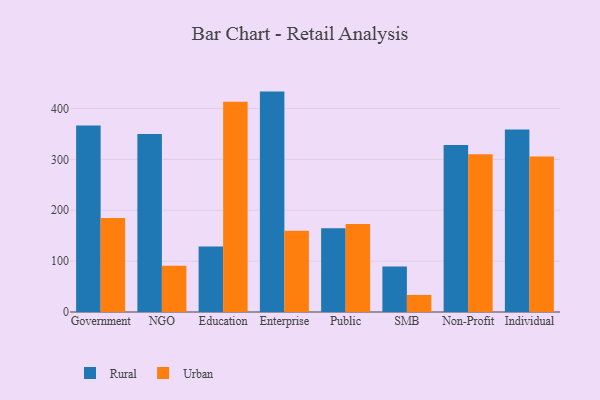
{"axis": {"x": "Segment", "y": "Market Share (%)"}, "legend": ["Rural", "Urban"], "data": [{"x": "Government", "y": 366.7, "type": "Rural"}, {"x": "Government", "y": 185.0, "type": "Urban"}, {"x": "NGO", "y": 349.7, "type": "Rural"}, {"x": "NGO", "y": 90.7, "type": "Urban"}, {"x": "Education", "y": 128.5, "type": "Rural"}, {"x": "Education", "y": 413.4, "type": "Urban"}, {"x": "Enterprise", "y": 433.2, "type": "Rural"}, {"x": "Enterprise", "y": 159.9, "type": "Urban"}, {"x": "Public", "y": 164.4, "type": "Rural"}, {"x": "Public", "y": 173.2, "type": "Urban"}, {"x": "SMB", "y": 89.4, "type": "Rural"}, {"x": "SMB", "y": 33.5, "type": "Urban"}, {"x": "Non-Profit", "y": 328.2, "type": "Rural"}, {"x": "Non-Profit", "y": 310.2, "type": "Urban"}, {"x": "Individual", "y": 358.6, "type": "Rural"}, {"x": "Individual", "y": 305.6, "type": "Urban"}]}